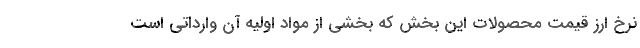
نرخ ارز قیمت محصولات این بخش که بخشی از مواد اولیه آن وارداتی است